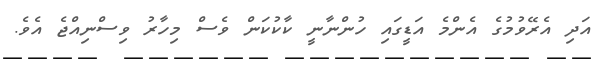
އަދި އެރޭވުމުގެ އެންމެ އަޑީގައި ހުންނާނީ ކާކުކަން ވެސް މިހާރު ވިސްނިއްޖެ އެވެ.